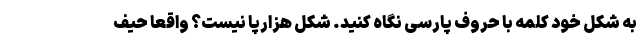
به شکل خود کلمه با حروف پارسی نگاه کنید. شکل هزارپا نیست؟ واقعا حیف